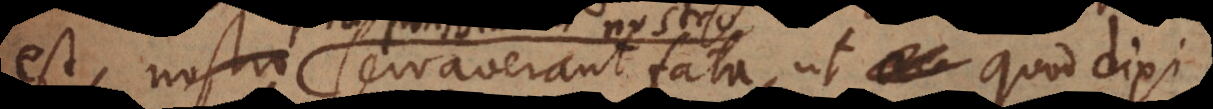
est, nostro servaverant fata, ut quod dixi